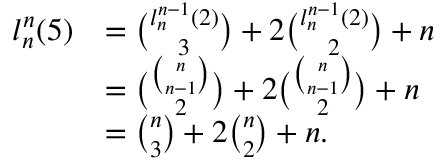
\begin{array} { r l } { l _ { n } ^ { n } ( 5 ) } & { = { \binom { l _ { n } ^ { n - 1 } ( 2 ) } { 3 } } + 2 { \binom { l _ { n } ^ { n - 1 } ( 2 ) } { 2 } } + n } \\ & { = { \binom { { \binom { n } { n - 1 } } } { 2 } } + 2 { \binom { \binom { n } { n - 1 } } { 2 } } + n } \\ & { = { \binom { n } { 3 } } + 2 { \binom { n } { 2 } } + n . } \end{array}